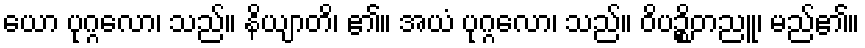
ယော ပုဂ္ဂလော၊ သည်။ နိယျာတိ၊ ၏။ အယံ ပုဂ္ဂလော၊ သည်။ ဝိပဉ္စိတညူ၊ မည်၏။